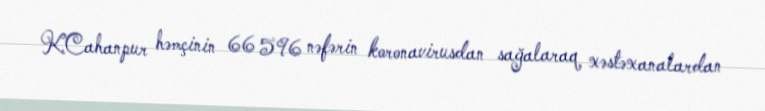
K.Cahanpur həmçinin 66 596 nəfərin koronavirusdan sağalaraq xəstəxanalardan